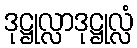
ဒုဋ္ဌုလ္လာဒုဋ္ဌုလ္လံ